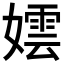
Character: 𡢅